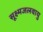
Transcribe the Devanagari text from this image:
सूक्ष्मजलवायु